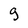
Character: 9